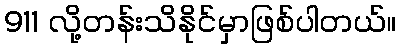
911 လို့တန်းသိနိုင်မှာဖြစ်ပါတယ်။